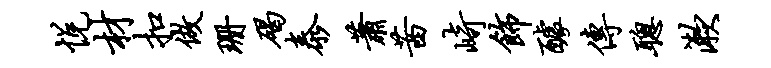
悦材扣做珊碣泰萧茜崎饰醵传聪漱